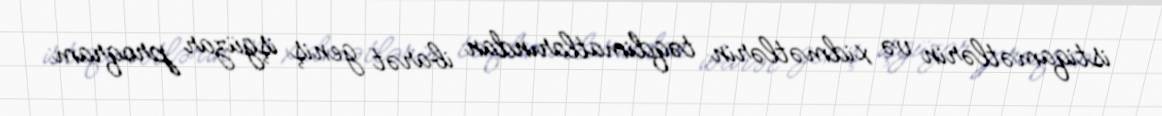
istiqamətlərin və xidmətlərin təqdimatlarından ibarət geniş işgüzar proqram